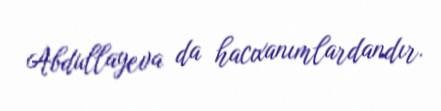
Abdullayeva da hacıxanımlardandır.